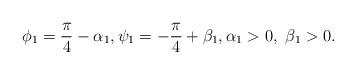
LaTeX: \begin{align*}\phi_{1}=\frac{\pi}{4}-\alpha_{1}, \psi_{1}=-\frac{\pi}{4}+\beta_{1}, \alpha_{1}>0, \ \beta_{1}>0.\end{align*}